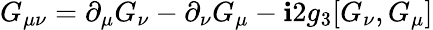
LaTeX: G_{\mu\nu}=\partial_{\mu}G_{\nu}-\partial_{\nu}G_{\mu}-\mathbf{i}2g_{3}[G_{\nu},G_{\mu}]